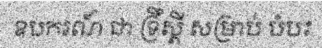
ឧបករណ៍ ជា ទ្រឹស្តី សម្រាប់ បំបះ